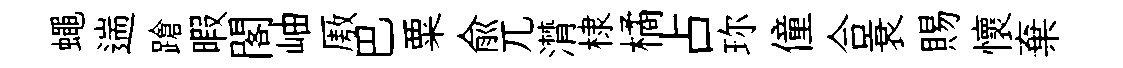
蠅遄蹌暇閣岫厫巴粟俞兀潸棣橘占珎僮合衰賜懷棄